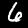
Label: 6